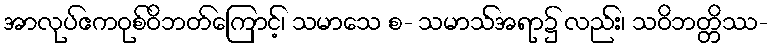
အာလုပ်ဧကဝုစ်ဝိဘတ်ကြောင့်၊ သမာသေ စ- သမာသ်အရာ၌ လည်း၊ သဝိဘတ္တိဿ-